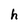
Character: h